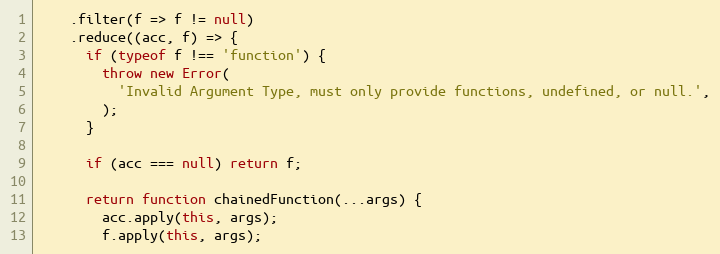
Language: JavaScript
    .filter(f => f != null)
    .reduce((acc, f) => {
      if (typeof f !== 'function') {
        throw new Error(
          'Invalid Argument Type, must only provide functions, undefined, or null.',
        );
      }

      if (acc === null) return f;

      return function chainedFunction(...args) {
        acc.apply(this, args);
        f.apply(this, args);